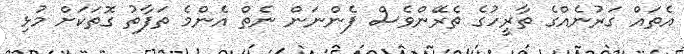
އެތައް ގަރުނެއްގެ ތާރީހުގެ ތެރޭންވެސް ފެންނަން ނެތް އެންމެ ތަފާތު ގޮތަކަށް މުޅި